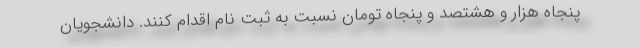
پنجاه هزار و هشتصد و پنجاه تومان نسبت به ثبت نام اقدام کنند. دانشجویان